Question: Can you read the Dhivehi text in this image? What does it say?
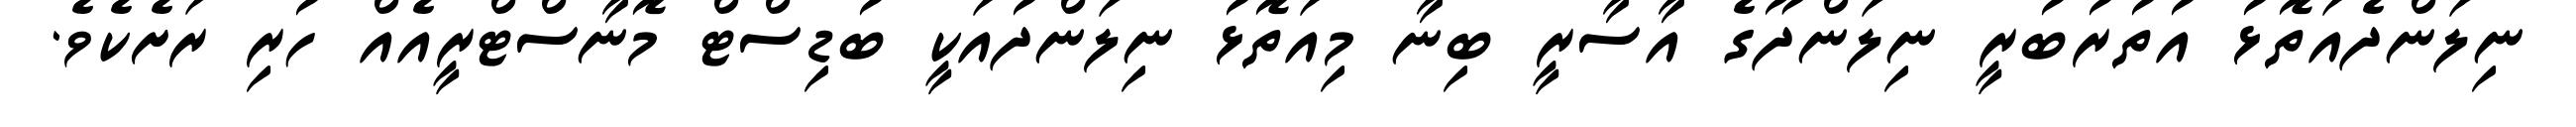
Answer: ނިލަންދެއަތޮޅު އުތުރުބުރީ ނިލަންދޫގެ އާސާރީ ބިނާ މިއަތޮޅު ނިލަންދުއަކީ ބުޑިސްޓް މޮނާސްޓްރީއެއް ހުރި ރަށެކެވެ.